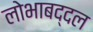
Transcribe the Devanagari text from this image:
लोभाबद्दल